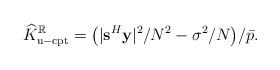
LaTeX: \begin{align*}\widehat{K}_{\mathrm{u-cpt}}^\mathbb{R}&=\big(|\mathbf{s}^H\mathbf{y}|^2/N^2-\sigma^2/N\big)/\bar{p}. \end{align*}